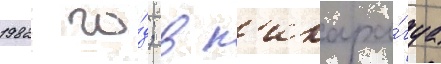
1982 го́д; в н'икара́гуа